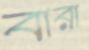
বারা